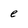
Character: e